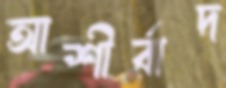
আশীর্বাদ